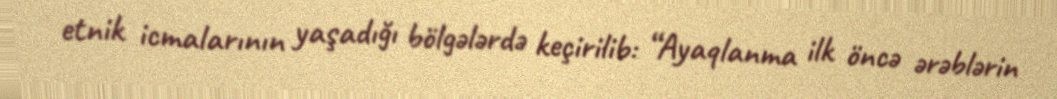
etnik icmalarının yaşadığı bölgələrdə keçirilib: “Ayaqlanma ilk öncə ərəblərin